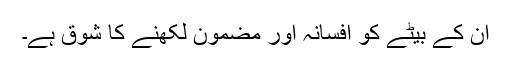
ان کے بیٹے کو افسانہ اور مضمون لکھنے کا شوق ہے۔